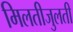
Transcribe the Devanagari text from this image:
मिलतीजुलती